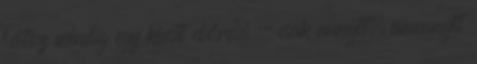
látsz mindig egy kicsit előre, - csak annyit, amennyit